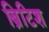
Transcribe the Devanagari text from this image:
ब्रिटिश